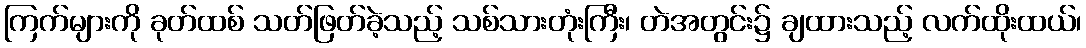
ကြက်များကို ခုတ်ထစ် သတ်ဖြတ်ခဲ့သည့် သစ်သားတုံးကြီး၊ တဲအတွင်း၌ ချထားသည့် လက်ထိုးထယ်၊